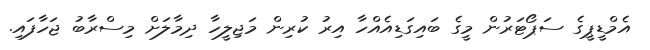
އެމްޑީޕީގެ ސަޕޯޓަރުން މީގެ ބައިގަޑިއެއްހާ އިރު ކުރިން މަޖިލީހާ ދިމާލަށް މިސްރާބު ޖަހާފައި.